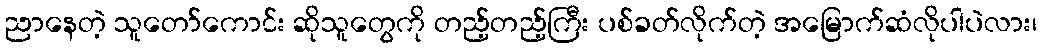
ညာနေတဲ့ သူတော်ကောင်း ဆိုသူတွေကို တည့်တည့်ကြီး ပစ်ခတ်လိုက်တဲ့ အမြောက်ဆံလိုပါပဲလား၊